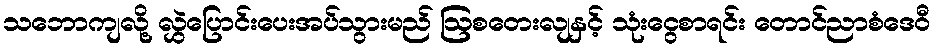
သဘောကျလို့ လွှဲပြောင်းပေးအပ်သွားမည် ဩစတေးလျနှင့် သုံးငွေစာရင်း တောင်ညာစံဒေဝီ